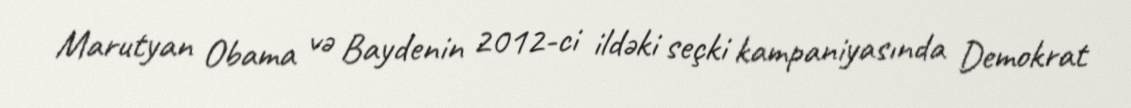
Marutyan Obama və Baydenin 2012-ci ildəki seçki kampaniyasında Demokrat